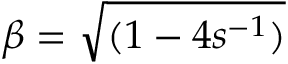
\beta = \sqrt { ( 1 - 4 s ^ { - 1 } ) }